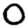
Digit: 0